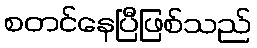
စတင်နေပြီဖြစ်သည်